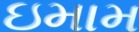
ઇમામ